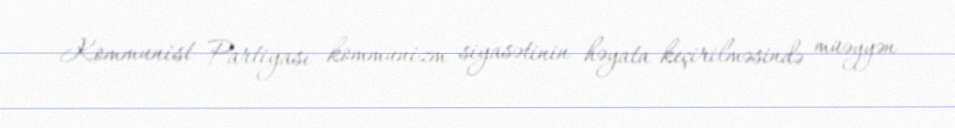
Kommunist Partiyası kommunizm siyasətinin həyata keçirilməsində müəyyən